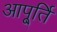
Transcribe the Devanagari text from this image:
आपू्र्ति